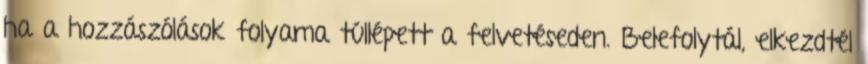
ha a hozzászólások folyama túllépett a felvetéseden. Belefolytál, elkezdtél